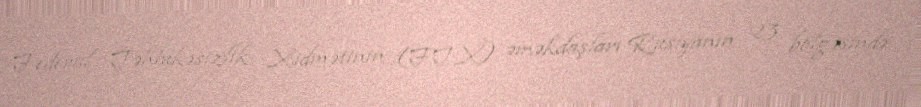
Federal Təhlükəsizlik Xidmətinin (FTX) əməkdaşları Rusiyanın 23 bölgəsində